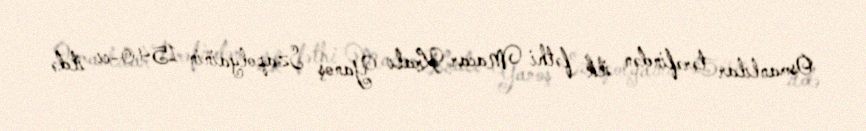
Osmanlılar tərəfindən ilk fəthi Macar Kralı Yanoş Szapolyainin 1540-cı ildə